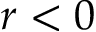
r < 0